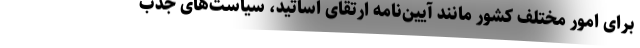
برای امور مختلف کشور مانند آیین‌نامه ارتقای اساتید، سیاست‌های جذب